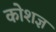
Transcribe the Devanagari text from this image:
कोशज्ञ